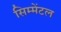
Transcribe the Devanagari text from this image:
सिम्मेंटल